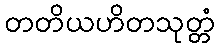
တတိယဟိတသုတ္တံ